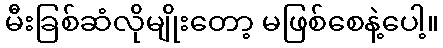
မီးခြစ်ဆံလိုမျိုးတော့ မဖြစ်စေနဲ့ပေါ့။